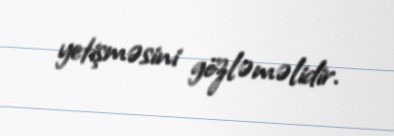
yetişməsini gözləməlidir.